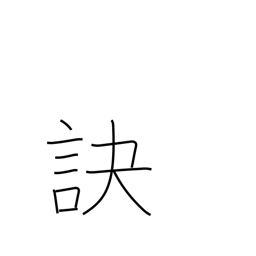
Meaning: part